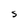
Character: S